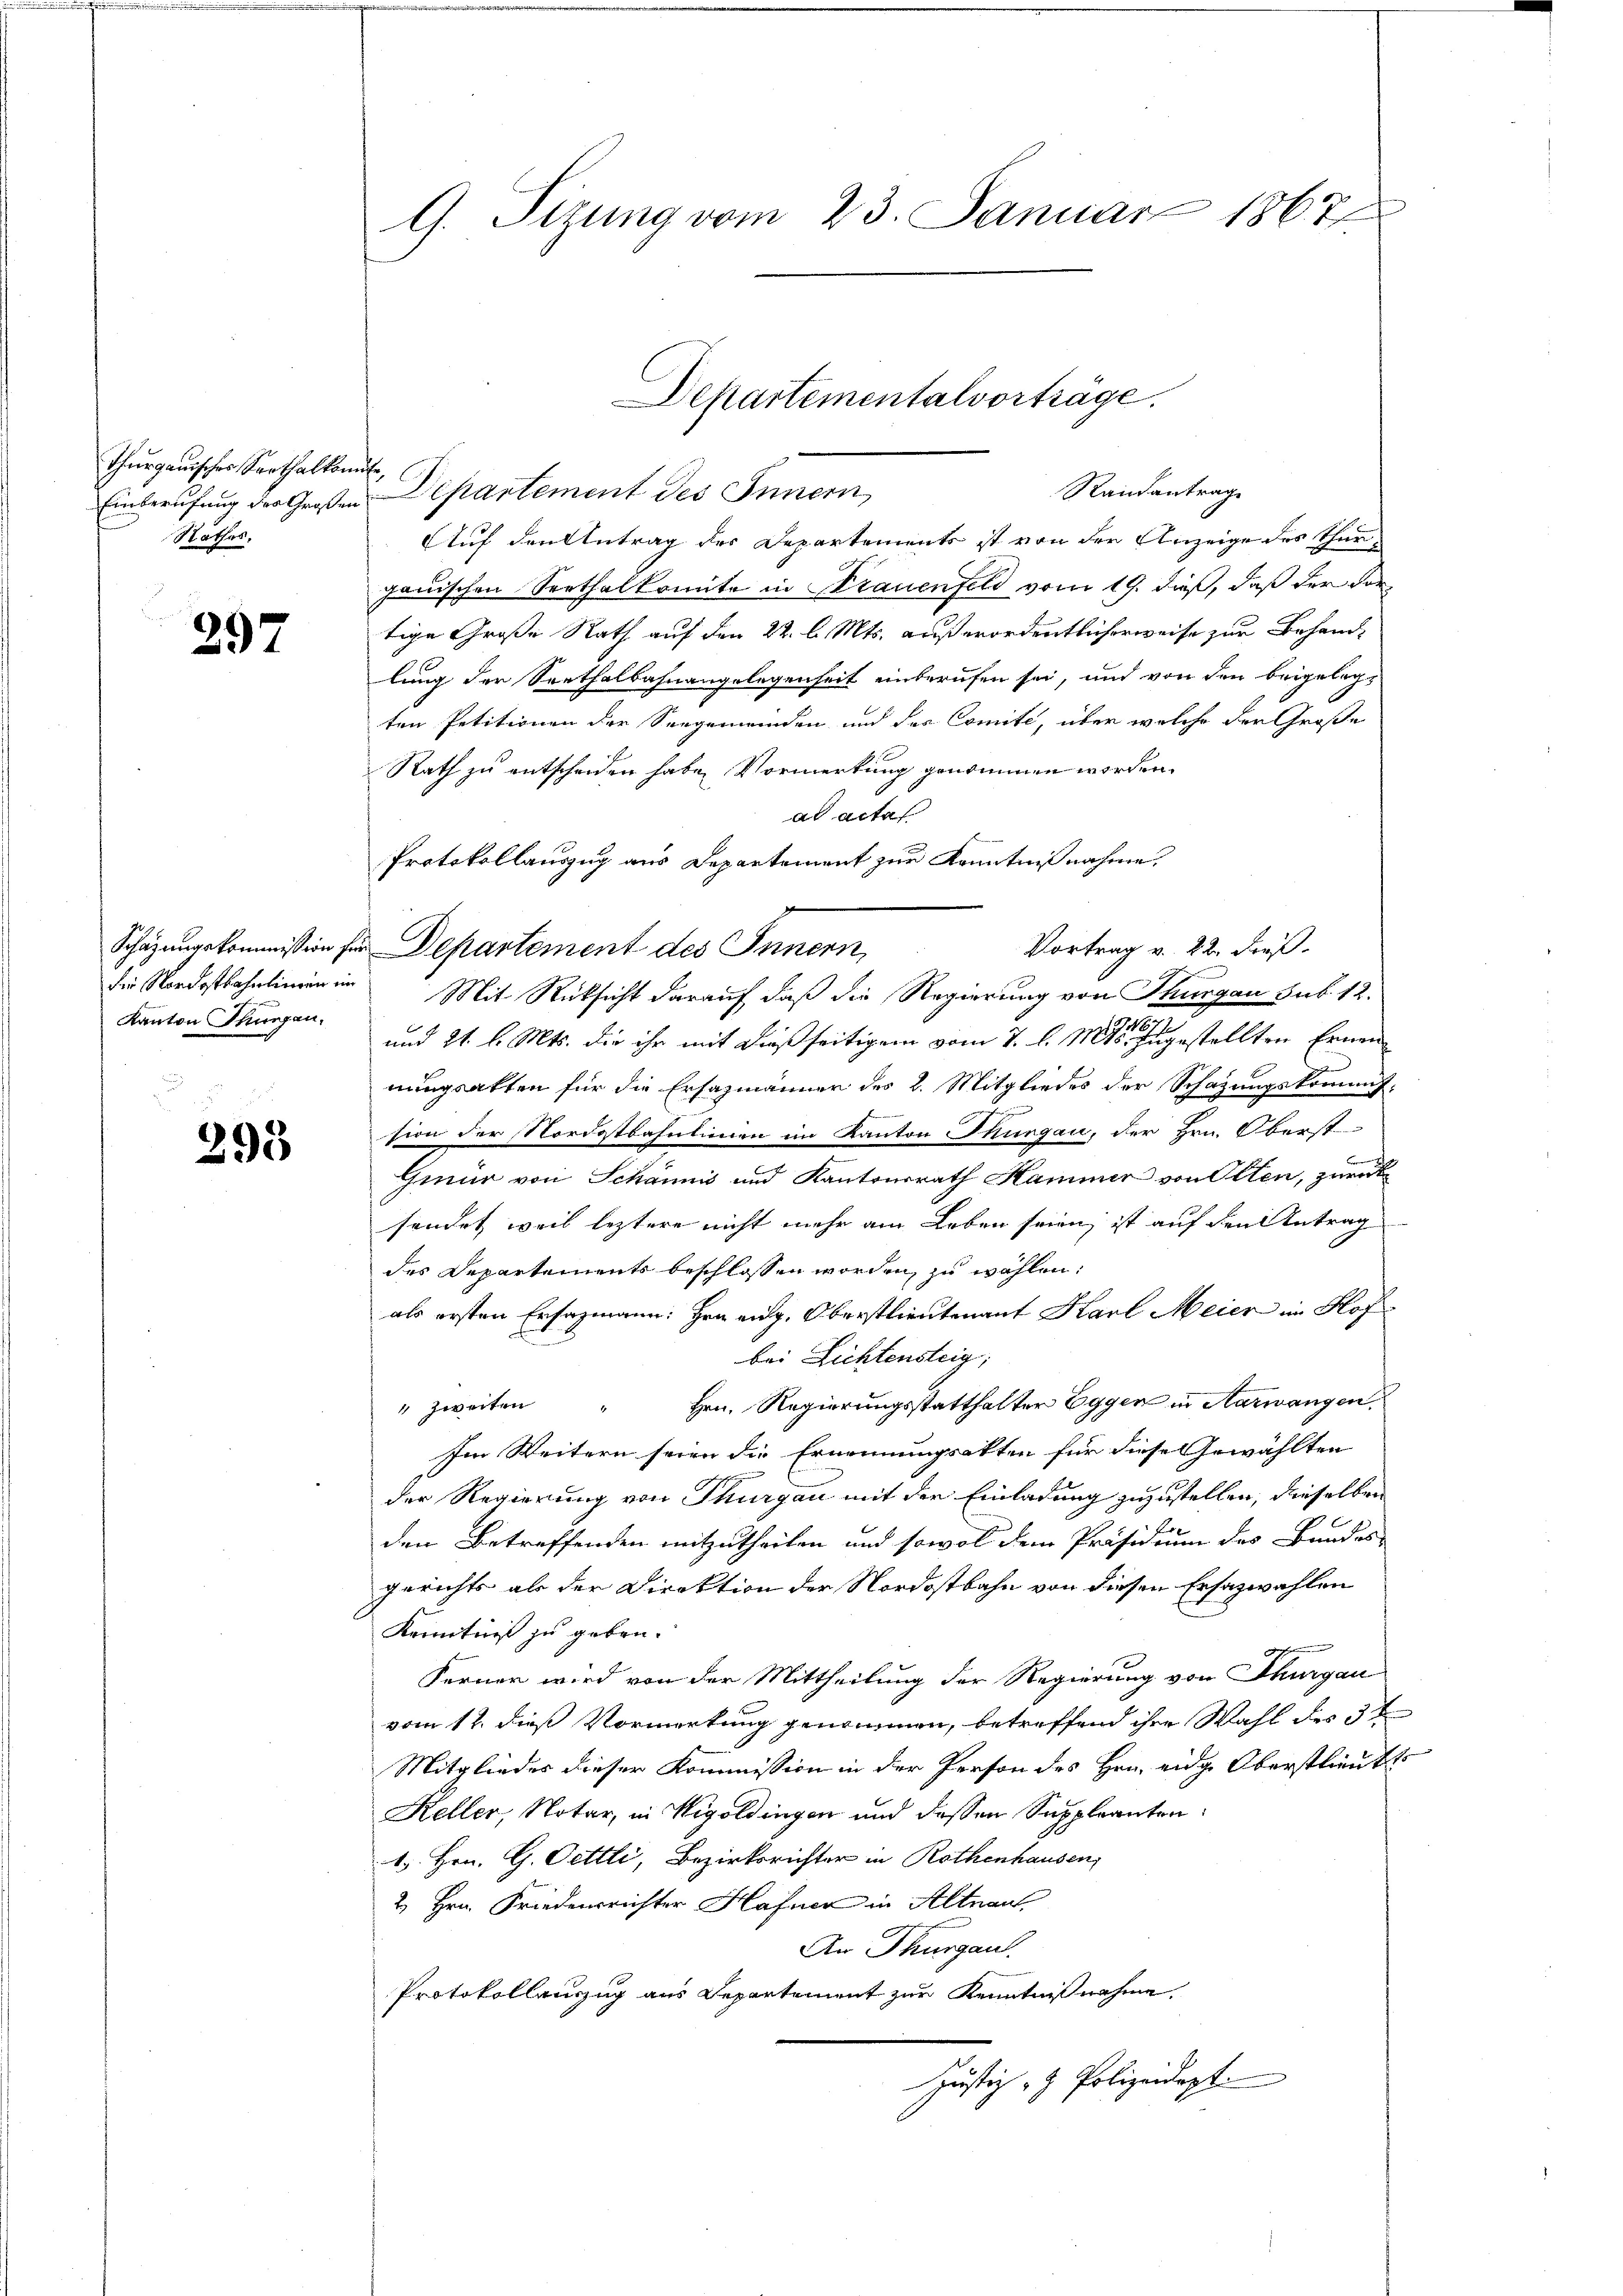
Thurgauisches Sorthalkomite,
Rathes,

297

die Nordostbahnlinien im
Kanton Thurgau,

295

G. Sizung vom 23. Januar 1867

Randantrage
Einberufung der Großen Departement des Innern,
Auf den Antrag der Departements ist von der Anzeige des Thurgauischen Serthalkomite in Strauenfeld vom 19. dieß, daß der vor
tige Große Rath auf den 22. l. Mts. außerordentlicherweise zur Behandlung der Seethalbahnangelegenheit einberufen sei, und von den beigelegt
ten Petitionen der Seegenwinden und des Comite, über welche der Große
Rath zu entscheiden habe. Vormerkung genommen worden.
ad acta
Protokollauszug aus Departement zur Kenntnißnahme,
Vortrag v. 22. dieß.
Schazungskommission für Departement des Innern,
Mit Rücksicht darauf, daß die Regierung von Thurgau sub. 12.
und 21. l. Mts. die ihr mit dießseitigen vom 7. d. Mts. Zugestellten Ernennungsakten für die Ersazmänner des 2. Mitgliedes der Schazungskommitsion der Nordostbahnlinien im Kanton Thurgau, der Hrn. Oberst-
Be
Gmür von Schännis und Kantonsrath Hammer von Olten, zurück
sendet, weil leztere nicht mehr am Leben seien, ist auf den Antrag
des Departements beschlossen worden, zu wählen:
als ersten Ersazmann: Hrn. Aug. Oberstlieutenant Karl Meier in Hofbei Lichtensteig,
" zweiten " Hrn. Regierungsstatthalter Eggen in Aarwangen,
Im Weitern seien die Ernennungsakten für diese Gewählten
der Regierung von Thurgau mit der Einladung zuzustellen, dieselben
den Betreffenden mitzutheilen und sowol dem Präsidium des Bundes-
Gerichts als der Direktion der Nordostbahn von diesen Ersazwahlen
Kenntniß zu geben.
g
Ferner wird von der Mittheilung der Regierung von Thurgau
vom 12. dieß Vormerkung genommen, betreffend ihre Wahl des 3te
Mitgliedes dieser Kommission in der Person des Hrn. eidg. Oberstlieutt
Keller, Notar, in Wigoldingen und dessen Suppleanten
1. Hrn. G. Oettli, Bezirksrichter in Rothenhausen,
2 Hrn. Friedensrichter Hafner in Altnau,
An Thurgau.
Protokollenzug aus Departement zur Kenntnißnahme
Justiz- & Polizeidept.

Departementalvorträge.